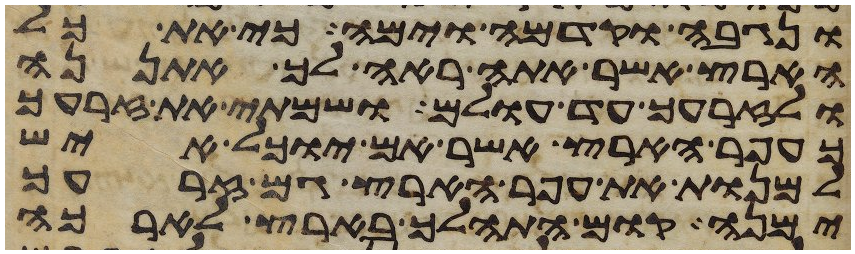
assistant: ונגבה וקדמה וימה כי את כל
הארץ אשר אתה ראה לך אתננה
ולזרעך עד עולם ושמתי את זרעך
כעפר הארץ אשר אם יוכל איש
למנות את עפר הארץ גם זרעך
ימנה קום התהלך בארץ לארכה